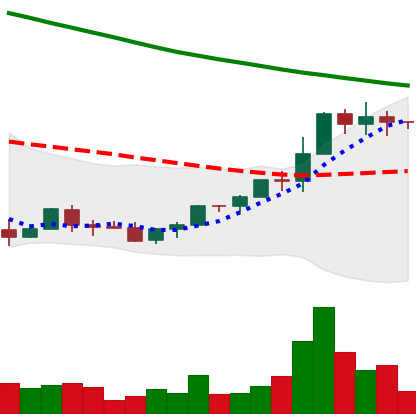
Ticker: EOS-USD
Chart end date: 2022-03-26
Forward return: 12.423%
Label: up_7plus